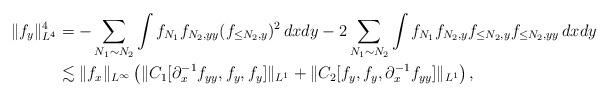
LaTeX: \begin{align*}\|f_y\|_{L^4}^4 &= - \sum\limits_{N_1\sim N_2}\int f_{N_1} f_{N_2,yy} (f_{\leq N_2,y})^2\,dxdy - 2\sum\limits_{N_1\sim N_2}\int f_{N_1} f_{N_2,y} f_{\leq N_2,y} f_{\leq N_2,yy}\,dxdy\\&\lesssim \|f_x\|_{L^\infty}\left(\|C_1[\partial_x^{-1}f_{yy},f_y,f_y]\|_{L^1} + \|C_2[f_y,f_y,\partial_x^{-1}f_{yy}]\|_{L^1}\right),\end{align*}